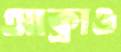
আক্রাও